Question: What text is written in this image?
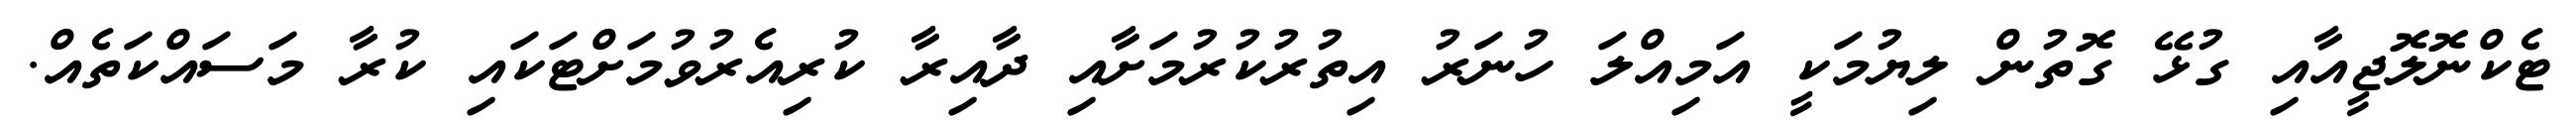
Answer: ޓެކްނޮލޮޖީއާއި ގުޅޭ ގޮތުން ލިޔުމަކީ އަމިއްލަ ހުނަރު އިތުރުކުރުމަށާއި ދާއިރާ ކުރިއެރުވުމަށްޓަކައި ކުރާ މަސައްކަތެއް.